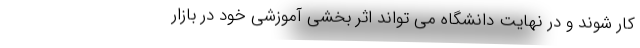
کار شوند و در نهایت دانشگاه می تواند اثر بخشی آموزشی خود در بازار